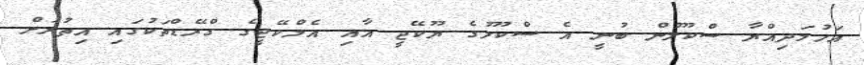
އަހުމަދިއްޔާ ސްކޫލުން ބުނީ އެ ސްކޫލުގެ ޔޫކޭޖީ އާއި އެލްކޭޖީގެ ގްރޭޑްތަކުގައި އިތުރަށް